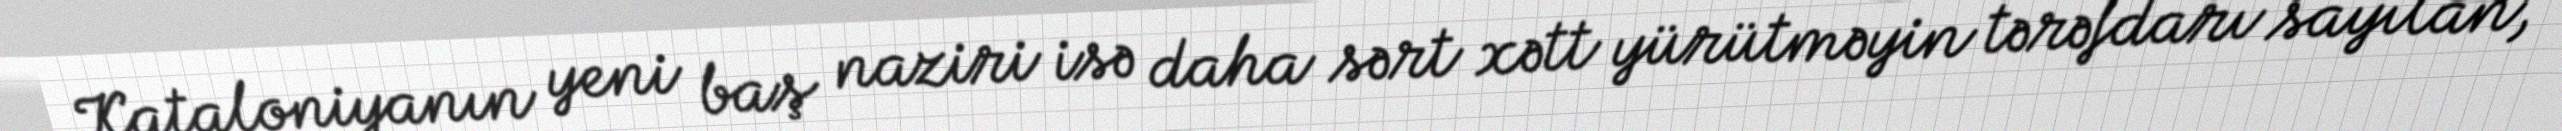
Kataloniyanın yeni baş naziri isə daha sərt xətt yürütməyin tərəfdarı sayılan,